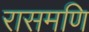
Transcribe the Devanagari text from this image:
रासमणि